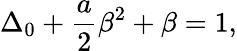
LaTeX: \Delta_{0}+\frac{a}{2}\beta^{2}+\beta=1,